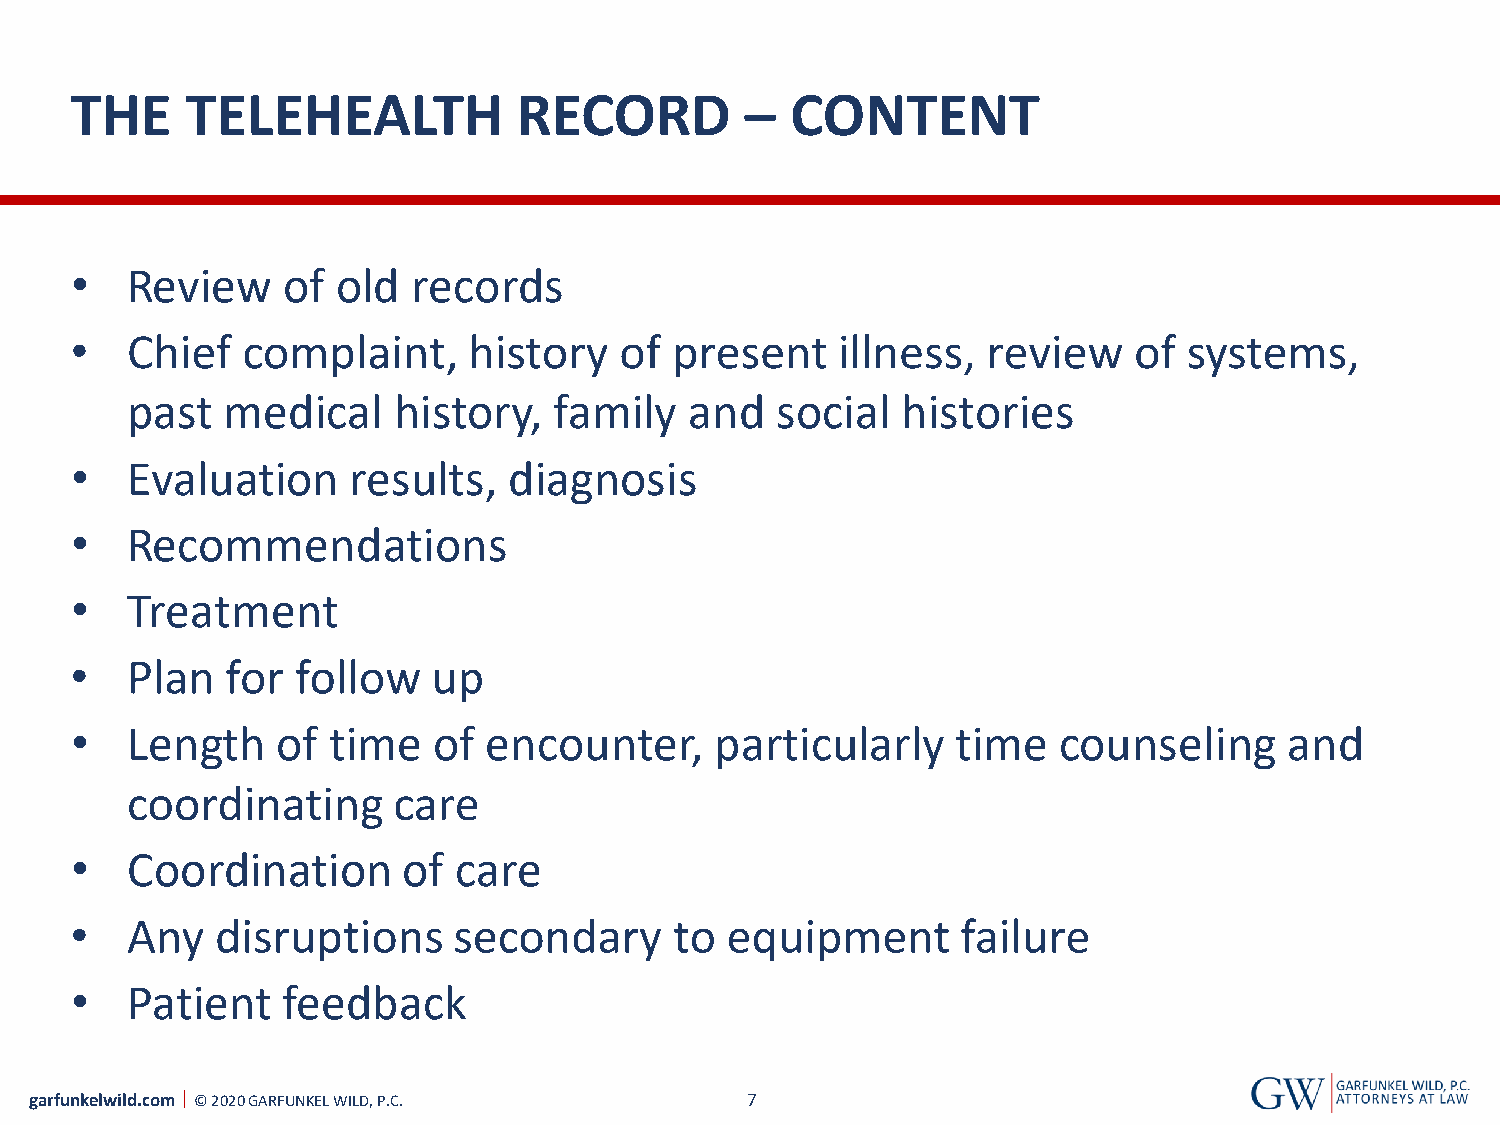
THE    TELEHEALTH            RECORD         –  CONTENT
 •  Review     of old  records
 •  Chief   complaint,     history   of  present   illness,  review    of  systems,
 past   medical    history,   family   and  social   histories
 •  Evaluation     results,   diagnosis
 •  Recommendations
 •  Treatment
 •  Plan   for  follow   up
 •  Length    of  time   of encounter,     particularly    time   counseling     and
 coordinating      care
 •  Coordination       of care
 •  Any   disruptions     secondary      to equipment       failure
 •  Patient    feedback
 garfunkelwild.com © 2020 GARFUNKEL WILD, P.C.  7